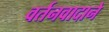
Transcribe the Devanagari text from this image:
वर्तनवादाने